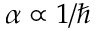
\alpha \propto 1 / \hbar